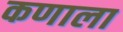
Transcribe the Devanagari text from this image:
कणाला